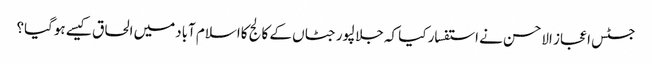
جسٹس اعجاز الاحسن نے استفسار کیا کہ جلالپورجٹاں کے کالج کااسلام آبادمیں الحاق کیسے ہوگیا؟